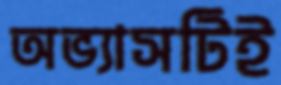
অভ্যাসটিই